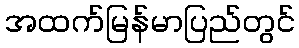
အထက်မြန်မာပြည်တွင်